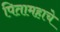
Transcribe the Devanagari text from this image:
पितामहाचे